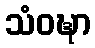
သံဝဍ္ဎာ